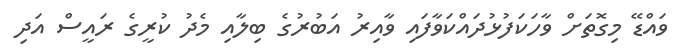
ވައްޑޭ މިގޮތަށް ވާހަކަފުޅުދައްކަވާފައި ވާއިރު އަބުރުގެ ބިލާއި މެެދު ކުރީގެ ރައީސް އަދި